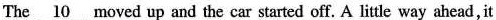
The \underline{10} moved up and the car started off. A little way ahead, it